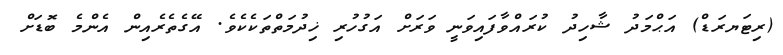
(ރިޓަޔރަޑް) އަޙްމަދު ޝާހިދު ކުރައްވާފައިވަނީ ވަރަށް އަގުހުރި ޚިދުމަތްތަކެކެވެ. އޭގެތެރެއިން އެންމެ ބޮޑަށް